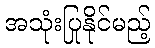
အသုံးပြုနိုင်မည့်